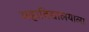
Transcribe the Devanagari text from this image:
महाविद्यालयाला